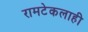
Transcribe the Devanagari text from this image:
रामटेकलाही